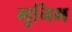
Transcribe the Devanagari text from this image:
मुनिम